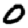
Digit: 0